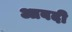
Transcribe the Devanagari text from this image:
आबदी